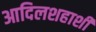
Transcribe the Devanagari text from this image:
आदिलशहाशी